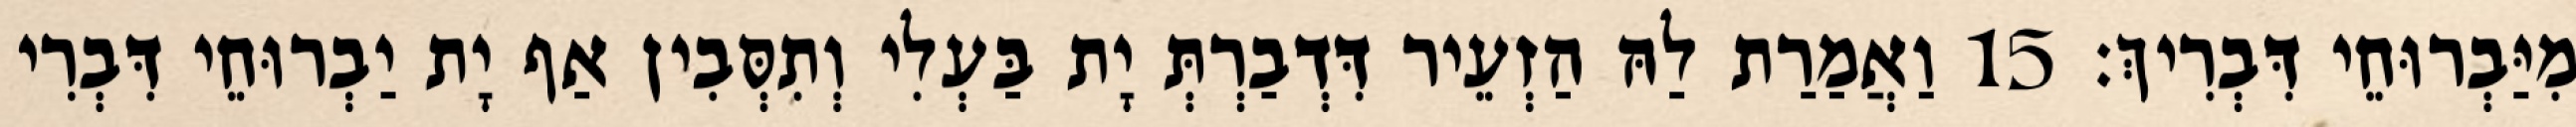
מִיַּבְרוּחֵי דִּבְרִיךְ׃ 15 וַאֲמַרַת לַהּ הַזְעֵיר דִּדְבַרְתְּ יָת בַּעְלִי וְתִסְּבִין אַף יָת יַבְרוּחֵי דִּבְרִי